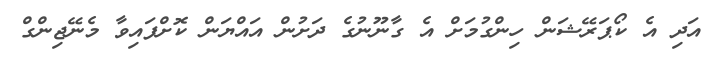
އަދި އެ ކޯޕަރޭޝަން ހިންގުމަށް އެ ގާނޫނުގެ ދަށުން އައްޔަން ކޮށްފައިވާ މެނޭޖިންގް